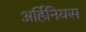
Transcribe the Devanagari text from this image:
अर्हिनियस